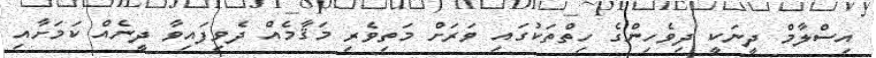
އިސްލާމް ދީނަކީ ދިވެހިންގެ ހިތްތަކުގައި ވަރަށް މަތިވެރި މަޤާމެއް ދެވިފައިވާ ދީނެއް ކަމަށާއި